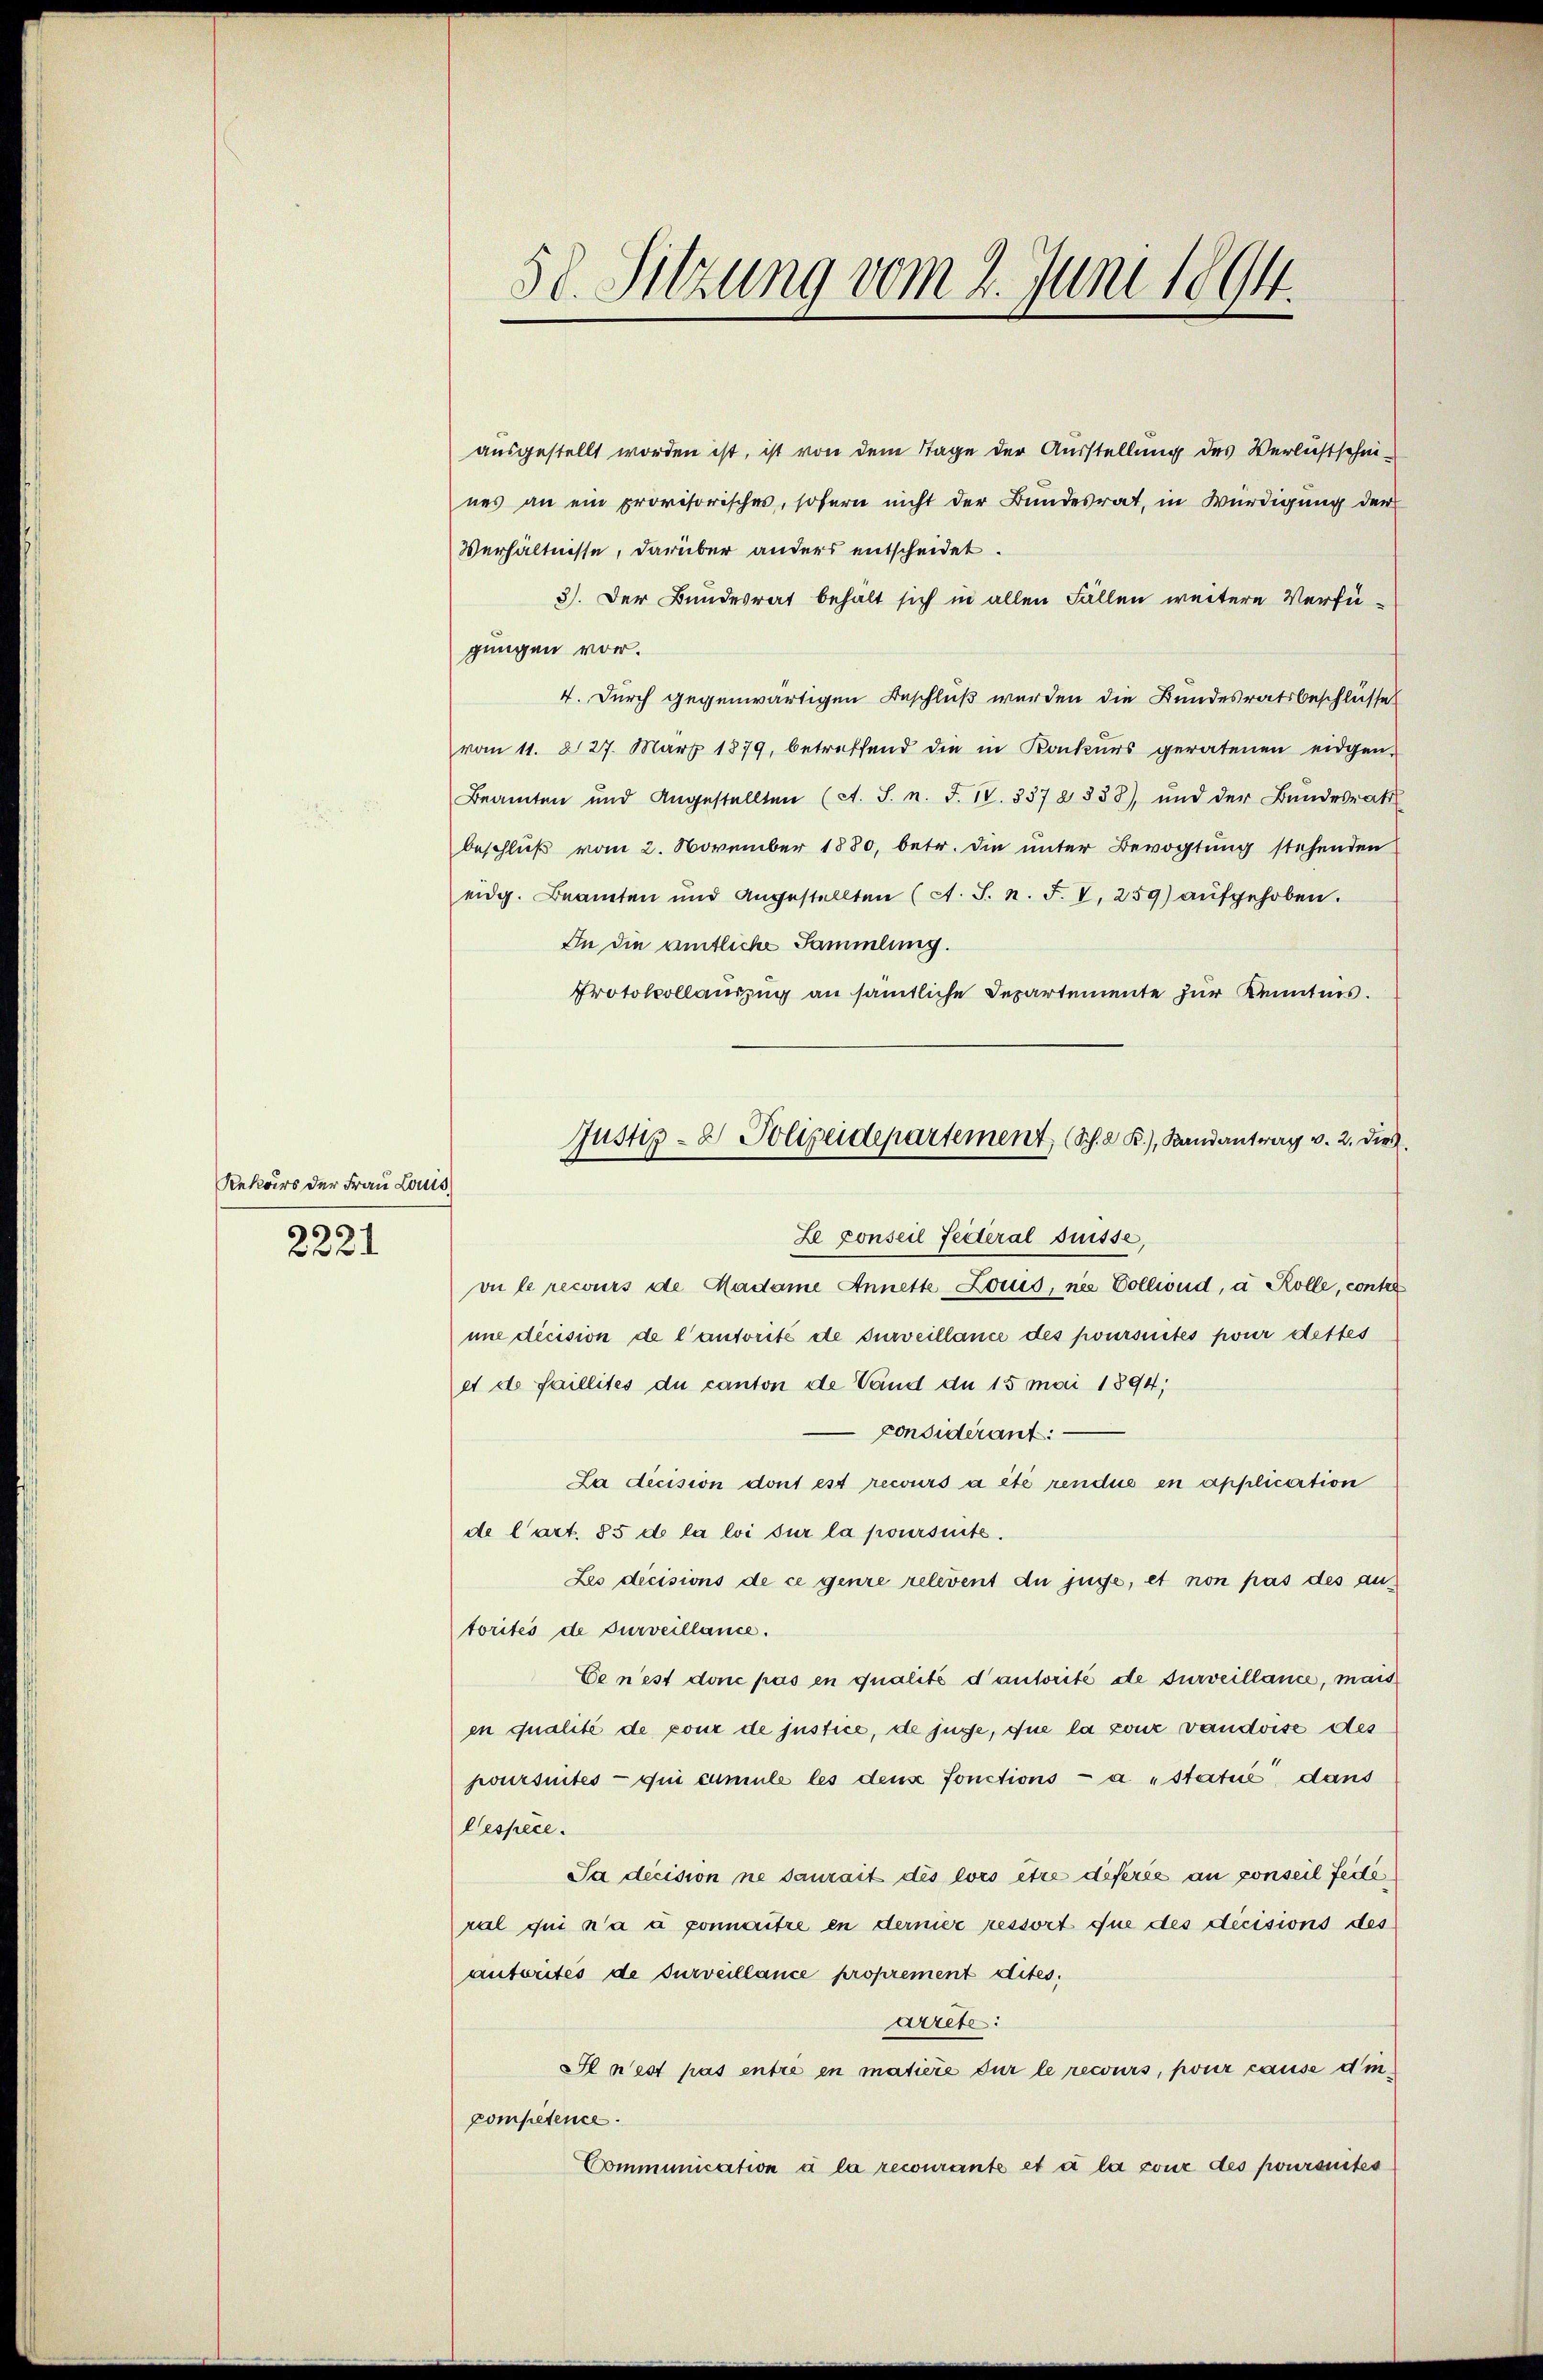
Rekoirs der Frau Louis
5

2221

ausgestellt worden ist, ist von dem Tage der Ausstellung des Verlustschnenes an ein provisorisches, sofern nicht der Bundesrat, in Würdigung der
Verhältnisse, darüber anders entscheidet.
3). Der Bundesrat behält sich in allen Fällen weitere Verfügungen vor.
4. Durch gegenwärtigen Beschluß werden die Bundesratsbeschlüsse
vom 11. 227. März 1879, betreffend die in Konkŭrs geratenen eidgen-
Beamten und Angestellten (A. S. n. F. IV. 337 2838), und der Bŭndesrath
beschluß vom 2. November 1880, betr. die unter Bevogtung stehenden
eidg. Beamten und angestellten (c. J. n. F. V. 259) aŭfgehoben.
In die amtliche Sammlung.
Protokollauszug an sämtliche Departemente zur Kenntnis.
vu le recours de Madame Annette Louis, nie Collind, a Rolle, contre
nne dicision de l’autorité de surveillance des poursuités pour dettes
et de faillites du canton de Vand du 15 mai 1894;
 considérant:
La decision dont est recours à été rendue en application
de l’art. 55 de la loi sur la poursuite.
Les dicisions de ce genre relevent du juge, et non pas des aus
torités de surveillance.
Ce n’est donc pas en qualité d’autorité de surveillance, mais
en qualité de pour de justice, de juge, que la pour vaudoise des
poursuites qui cumule les den fonctions- a statue, dans
lespèce.
Ja decision ne saurait des lors être deferie an conseil fede,
ral qui n’a à connaitre en dernier ressort que des décisions des
autorités de surveillance proprement dites.
arreter:
Il n’est pas entre in matière der le recours, pour cause d’in
pompetence.
Communication à la recourante et à la cour des poursuites

58. Sitzung vom 2. Juni 1894.

Justiz- & Polizeidepartement, (Sch. 2 K.), Randantrag v. 2. dies
Le conseil feiteral Suisse,